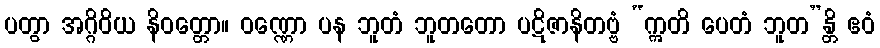
ပတွာ အဂ္ဂိဝိယ နိဝတ္တော။ ဝဏ္ဏော ပန ဘူတံ ဘူတတော ပဋိဇာနိတဗ္ဗံ “ဣတိ ပေတံ ဘူတ”န္တိ ဧဝံ